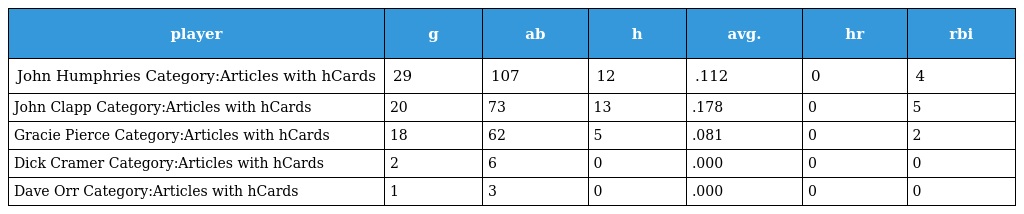
| player | g | ab | h | avg. | hr | rbi |
 | --- | --- | --- | --- | --- | --- | --- |
 | John Humphries Category:Articles with hCards | 29 | 107 | 12 | .112 | 0 | 4 |
 | John Clapp Category:Articles with hCards | 20 | 73 | 13 | .178 | 0 | 5 |
 | Gracie Pierce Category:Articles with hCards | 18 | 62 | 5 | .081 | 0 | 2 |
 | Dick Cramer Category:Articles with hCards | 2 | 6 | 0 | .000 | 0 | 0 |
 | Dave Orr Category:Articles with hCards | 1 | 3 | 0 | .000 | 0 | 0 |